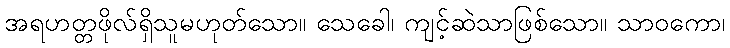
အရဟတ္တဖိုလ်ရှိသူမဟုတ်သော။ သေခေါ၊ ကျင့်ဆဲသာဖြစ်သော။ သာဝကော၊